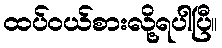
ထပ်ဝယ်စားလို့ရပါပြီ။